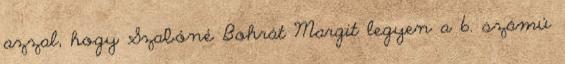
azzal, hogy Szabóné Bohrát Margit legyen a 6. számú